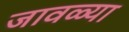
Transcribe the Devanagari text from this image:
जावळ्या